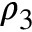
\rho _ { 3 }